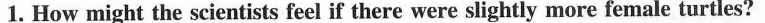
1. How might the scientists feel if there were slightly more female turtles?